65_HS1-834228961_62-HQ-83894_Section_7
Agency: FBI
Page 115
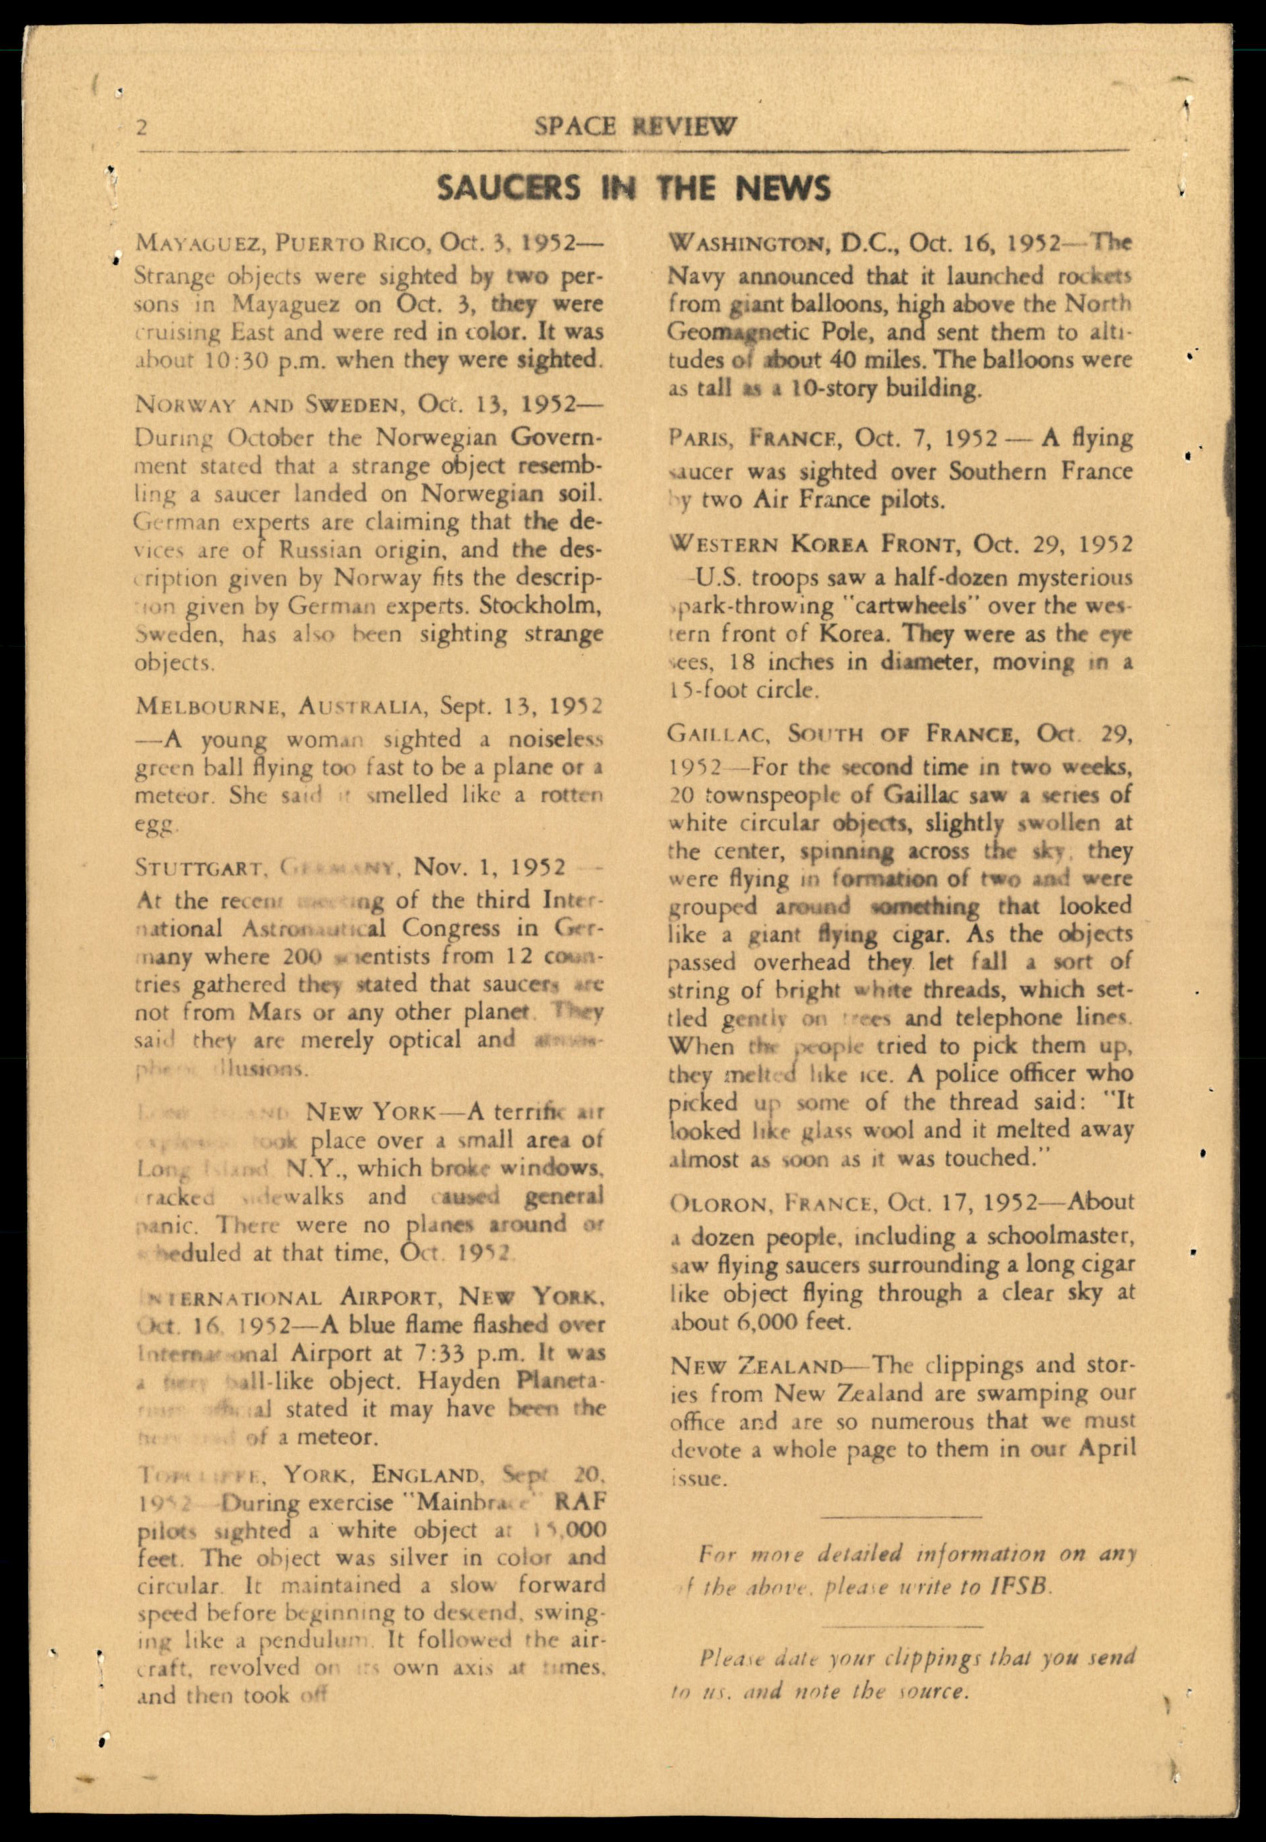